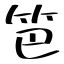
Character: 笆